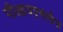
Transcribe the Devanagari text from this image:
पीआयएमार्फत